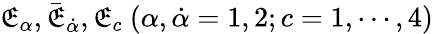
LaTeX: \mathfrak{E}_{\alpha},{\bar{{\mathfrak{E}}}}_{\dot{{\alpha}}},\mathfrak{E}_{c}\ (\alpha,\dot{{\alpha}}=1,2;c=1,\cdots,4)